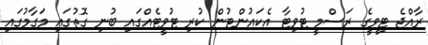
ރާއްޖެ ޓީވީގެ ރަސްމީ ޓުވިޓާ އެކައުންޓުން ކުރި ޓުވީޓެއްގައި ބުނި ގޮތުގައި މަގާމުގައި